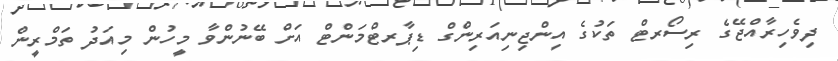
ދިވެހިރާއްޖޭގެ ރިސޯރޓް ތަކުގެ އިންޖިނިއަރިންގް ޑިޕާރޓްމަންޓް އަށް ބޭނުންވާ މީހުން މިއަދު ތަމްރީން